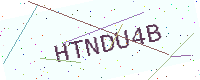
Text: HTNDU4B